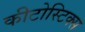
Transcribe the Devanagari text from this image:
कीटोस्टिक्स